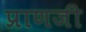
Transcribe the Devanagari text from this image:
प्राणजी